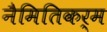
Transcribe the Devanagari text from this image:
नैमितिकर्म